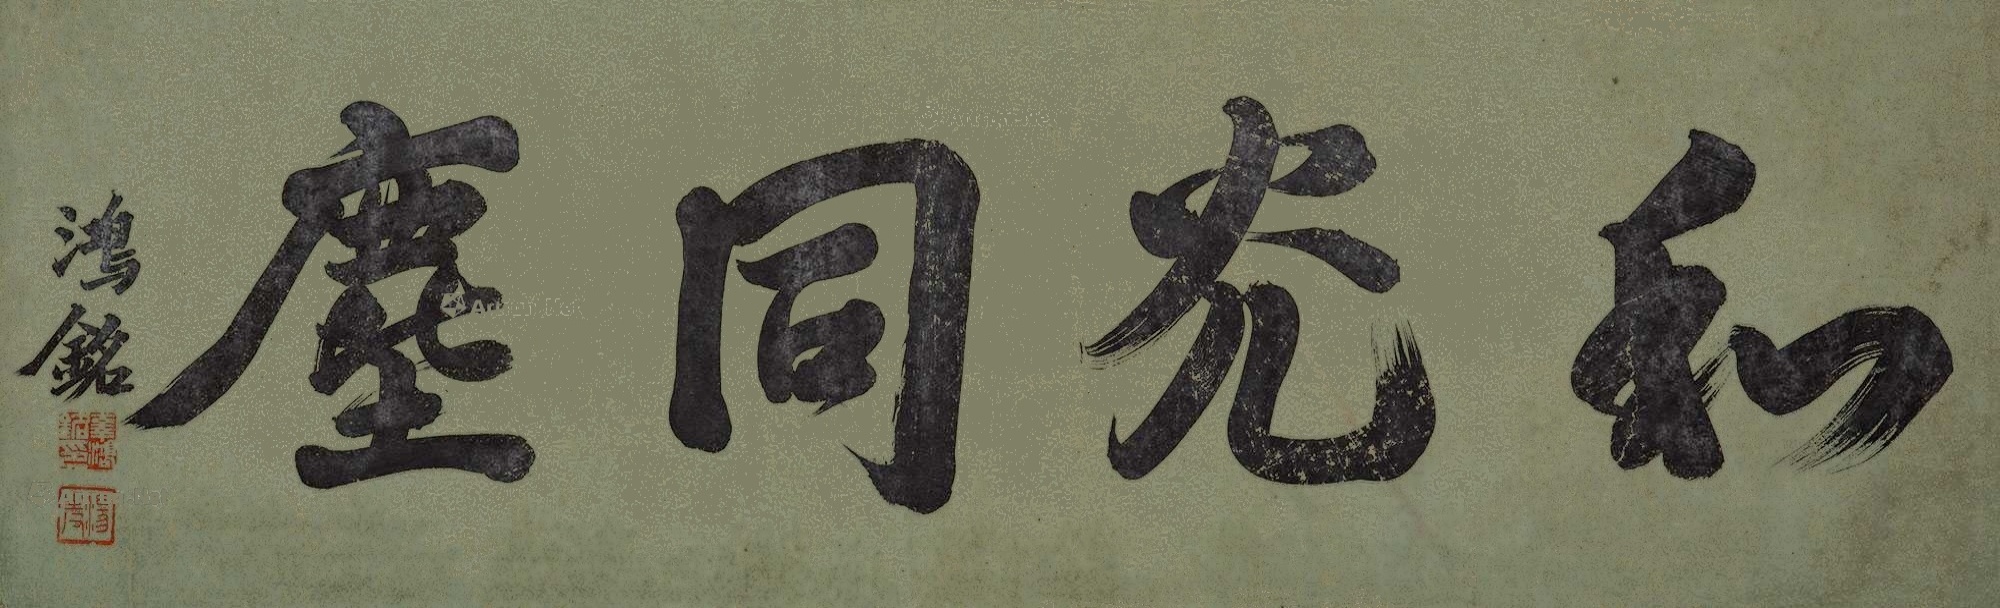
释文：和光同尘。鸿铭。